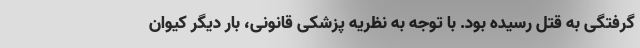
گرفتگی به قتل رسیده بود. با توجه به نظریه پزشکی قانونی، بار دیگر کیوان